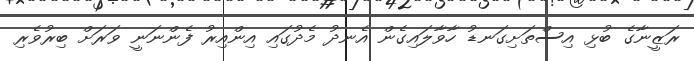
ރަޒީނާގެ ބުޅި އިސްތަށިގަނޑު ހާވާލައިގެން އެނދު މެދުގައި އިންއިރު ފެންނަނީ ވަރަށް ބިރުވެރި